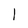
Character: 1